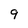
Character: 9